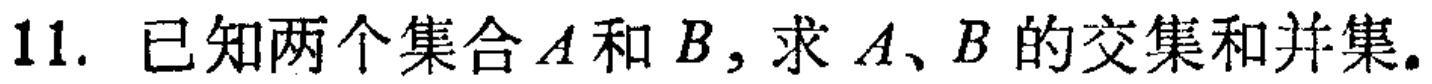
11. 已知两个集合\(A\)和\(B\)，求\(A\)、\(B\)的交集和并集。